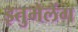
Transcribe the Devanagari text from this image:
इतुमेलेंग